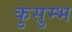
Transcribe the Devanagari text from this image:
कुसुम्भ